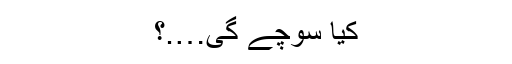
کیا سوچے گی….؟